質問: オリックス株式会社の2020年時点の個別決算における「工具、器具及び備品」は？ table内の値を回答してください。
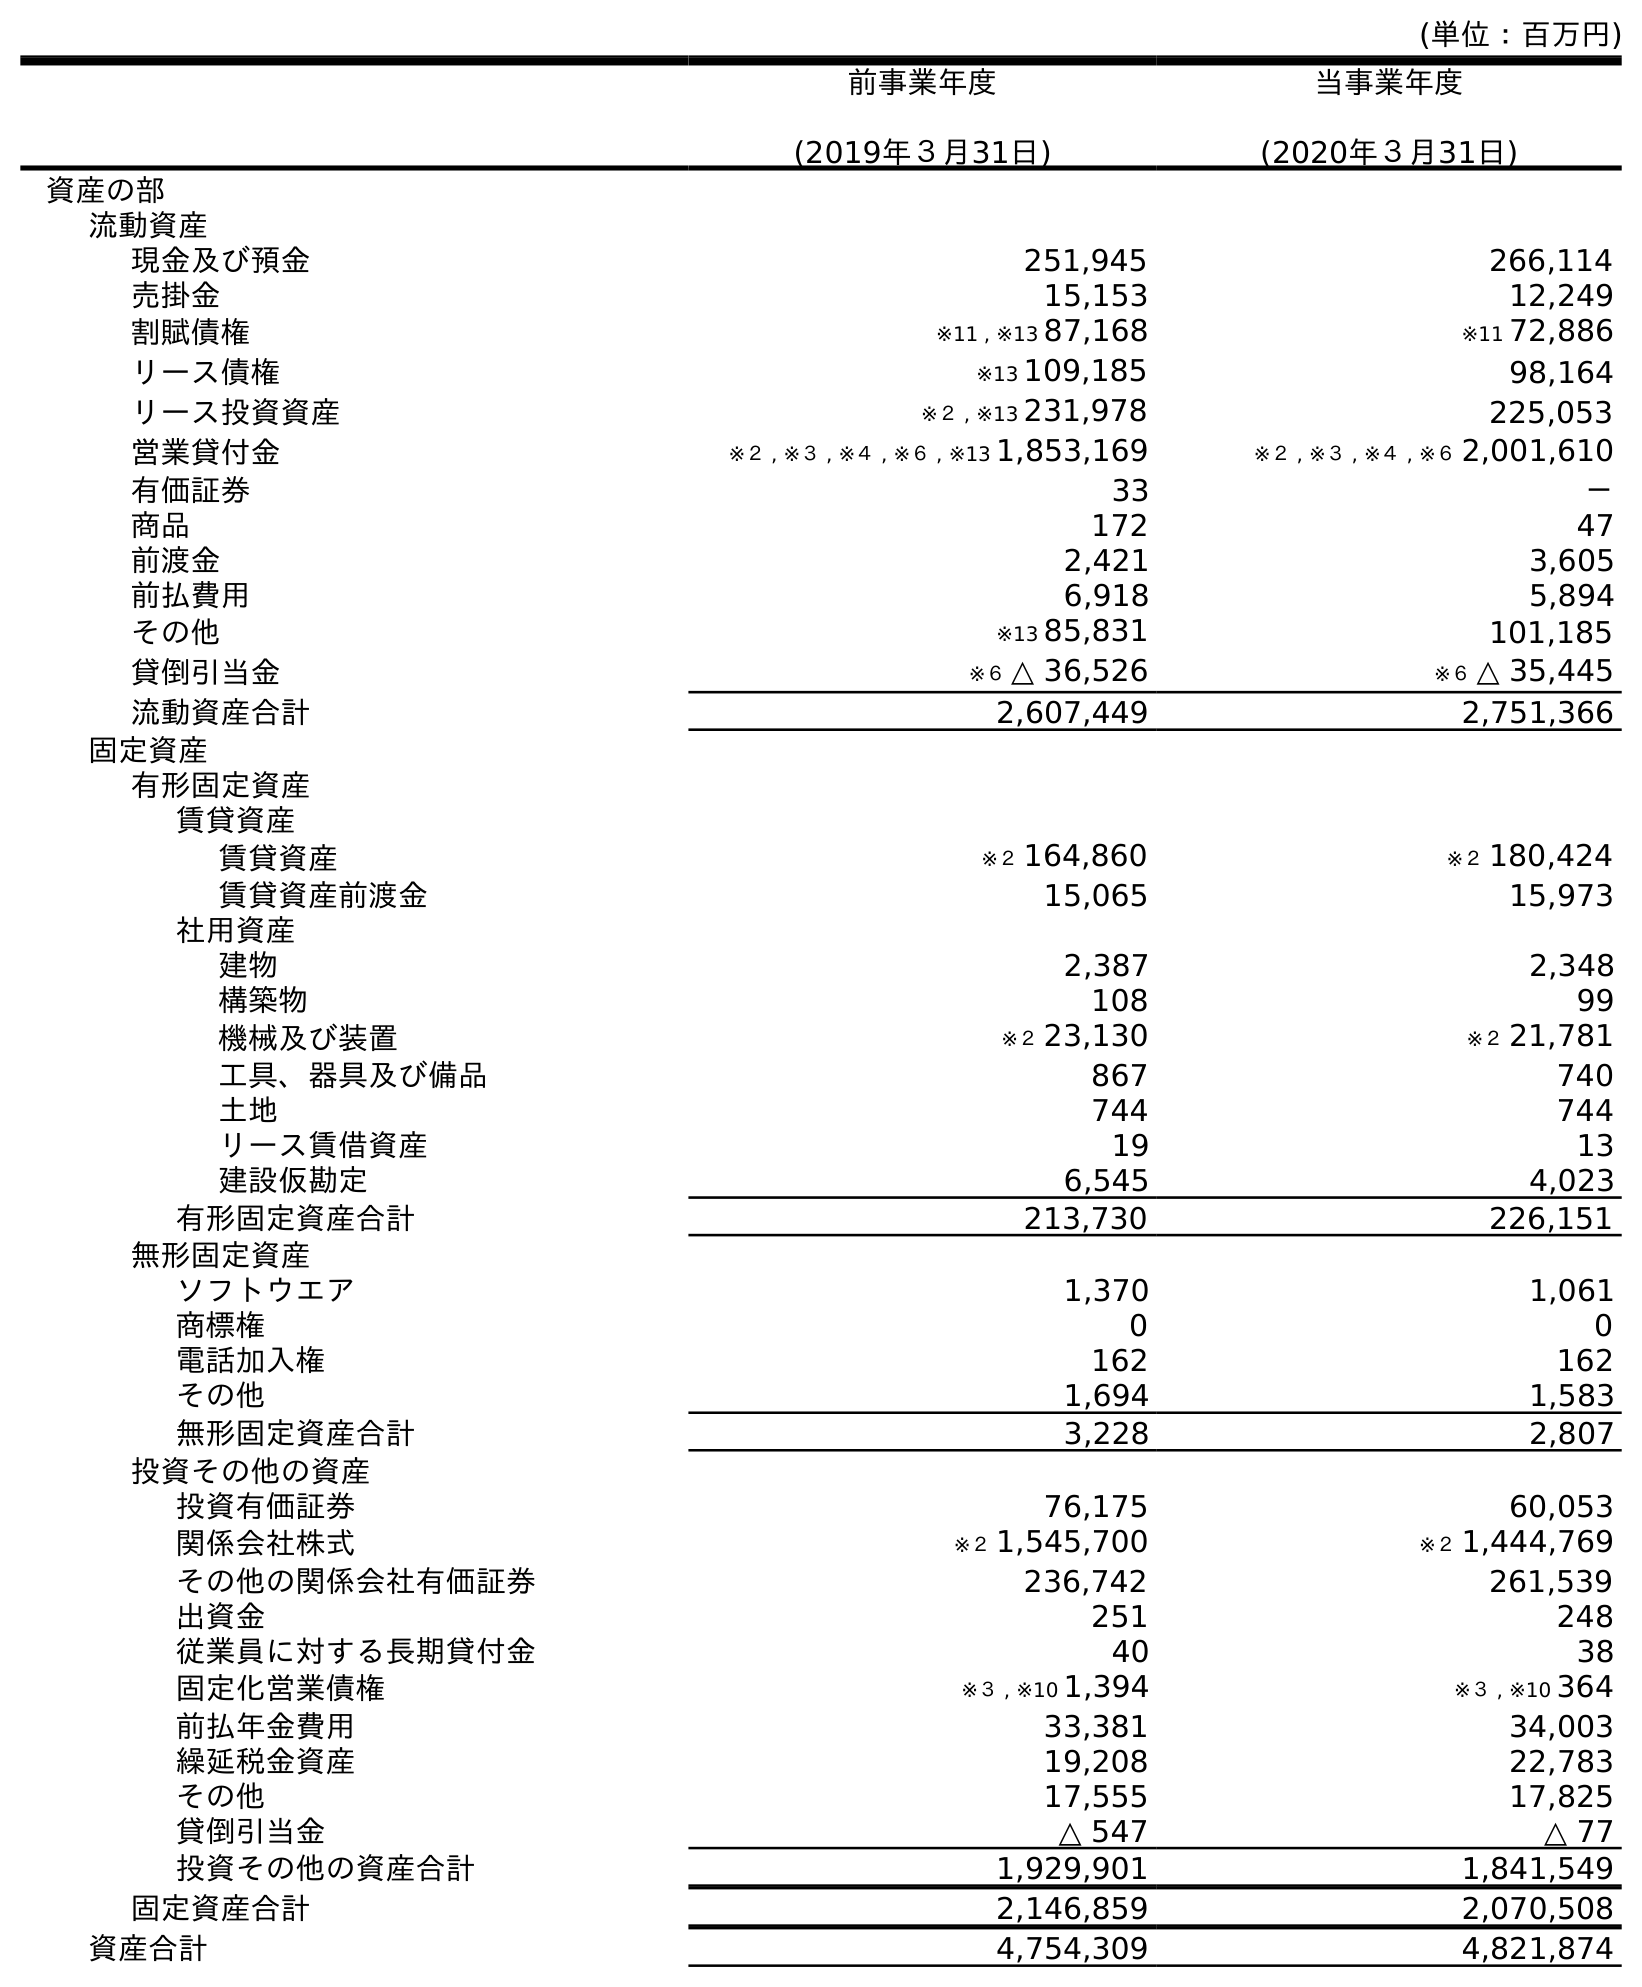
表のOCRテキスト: (単位：百万円) 前事業年度 (2019年３月31日) 当事業年度 (2020年３月31日) 資産の部 流動資産 現金及び預金 251,945 266,114 売掛金 15,153 12,249 割賦債権 ※11 , ※13 87,168 ※11 72,886 リース債権 ※13 109,185 98,164 リース投資資産 ※２ , ※13 231,978 225,053 営業貸付金 ※２ , ※３ , ※４ , ※６ , ※13 1,853,169 ※２ , ※３ , ※４ , ※６ 2,001,610 有価証券 33 － 商品 172 47 前渡金 2,421 3,605 前払費用 6,918 5,894 その他 ※13 85,831 101,185 貸倒引当金 ※６ △ 36,526 ※６ △ 35,445 流動資産合計 2,607,449 2,751,366 固定資産 有形固定資産 賃貸資産 賃貸資産 ※２ 164,860 ※２ 180,424 賃貸資産前渡金 15,065 15,973 社用資産 建物 2,387 2,348 構築物 108 99 機械及び装置 ※２ 23,130 ※２ 21,781 工具、器具及び備品 867 740 土地 744 744 リース賃借資産 19 13 建設仮勘定 6,545 4,023 有形固定資産合計 213,730 226,151 無形固定資産 ソフトウエア 1,370 1,061 商標権 0 0 電話加入権 162 162 その他 1,694 1,583 無形固定資産合計 3,228 2,807 投資その他の資産 投資有価証券 76,175 60,053 関係会社株式 ※２ 1,545,700 ※２ 1,444,769 その他の関係会社有価証券 236,742 261,539 出資金 251 248 従業員に対する長期貸付金 40 38 固定化営業債権 ※３ , ※10 1,394 ※３ , ※10 364 前払年金費用 33,381 34,003 繰延税金資産 19,208 22,783 その他 17,555 17,825 貸倒引当金 △ 547 △ 77 投資その他の資産合計 1,929,901 1,841,549 固定資産合計 2,146,859 2,070,508 資産合計 4,754,309 4,821,874
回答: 740